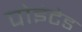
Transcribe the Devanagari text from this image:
पोइंटेड